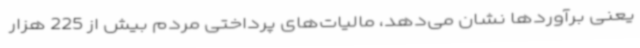
یعنی برآوردها نشان می‌دهد، مالیات‌های پرداختی مردم بیش از 225 هزار